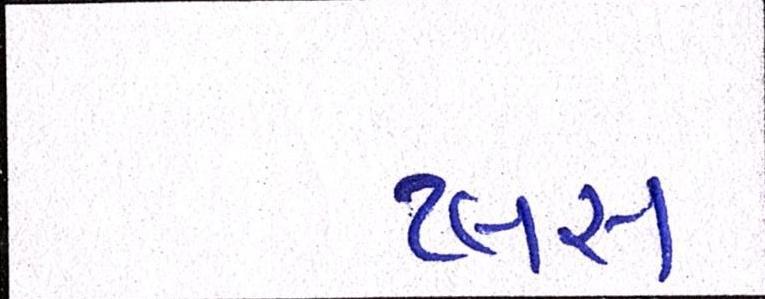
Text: પ્લસ